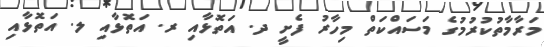
މަރާމާތުކުރުމުގެ މަސައްކަތް މިހާރު ފެށީ ދ. އަތޮޅާއި ރ. އަތޮޅާއި ލ. އަތޮޅާއި